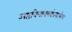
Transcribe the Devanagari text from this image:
अष्टविनायकांप्रमाणेच